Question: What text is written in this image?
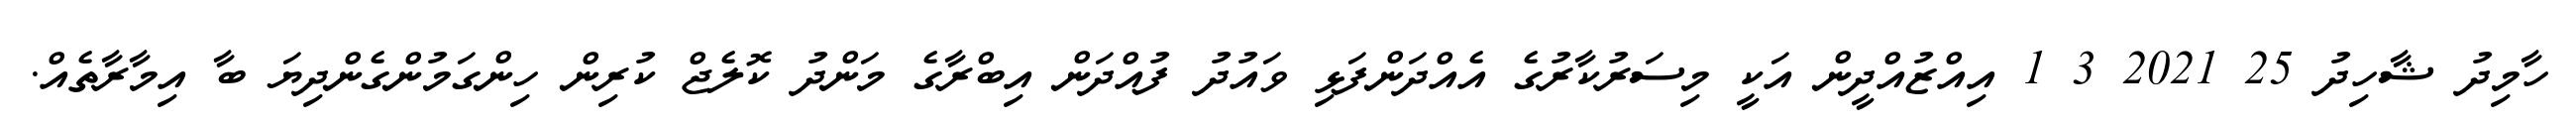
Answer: ހާމިދު ޝާހިދު 25 2021 3 1 އިއްޒުއްދީން އަކީ މިސަރުކާރުގެ އެއްދަންފަޅި ވައުދު ފުއްދަން އިބްރާގެ މަންދު ކޮލެޖް ކުރިން ހިންގަމުންގެންދިޔަ ބާ އިމާރާތެއް.